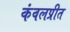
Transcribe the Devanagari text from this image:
कंवलप्रीत